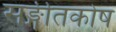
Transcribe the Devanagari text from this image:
सङ्गीतकोष